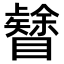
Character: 𥌟